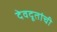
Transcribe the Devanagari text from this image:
देवदूतांची